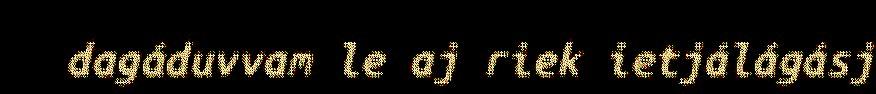
dagáduvvam le aj riek ietjálágásj